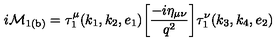
{ i \cal M } _ { \mathrm { 1 ( b ) } } = \tau _ { 1 } ^ { \mu } ( k _ { 1 } , k _ { 2 } , e _ { 1 } ) \bigg [ \frac { - i { \eta } _ { \mu \nu } } { q ^ { 2 } } \bigg ] \tau _ { 1 } ^ { \nu } ( k _ { 3 } , k _ { 4 } , e _ { 2 } )